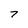
Character: 7